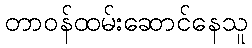
တာဝန်ထမ်းဆောင်နေသူ